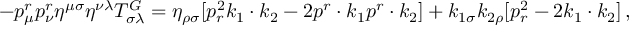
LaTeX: - p _ { \mu } ^ { r } p _ { \nu } ^ { r } \eta ^ { \mu \sigma } \eta ^ { \nu \lambda } T _ { \sigma \lambda } ^ { G } = \eta _ { \rho \sigma } [ p _ { r } ^ { 2 } k _ { 1 } \cdot k _ { 2 } - 2 p ^ { r } \cdot k _ { 1 } p ^ { r } \cdot k _ { 2 } ] + k _ { 1 \sigma } k _ { 2 \rho } [ p _ { r } ^ { 2 } - 2 k _ { 1 } \cdot k _ { 2 } ] \, ,